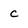
Character: c